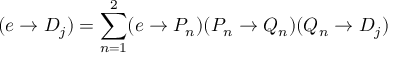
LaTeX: ( e \rightarrow D _ { j } ) = \sum _ { n = 1 } ^ { 2 } ( e \rightarrow P _ { n } ) ( P _ { n } \rightarrow Q _ { n } ) ( Q _ { n } \rightarrow D _ { j } )